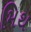
મિથ